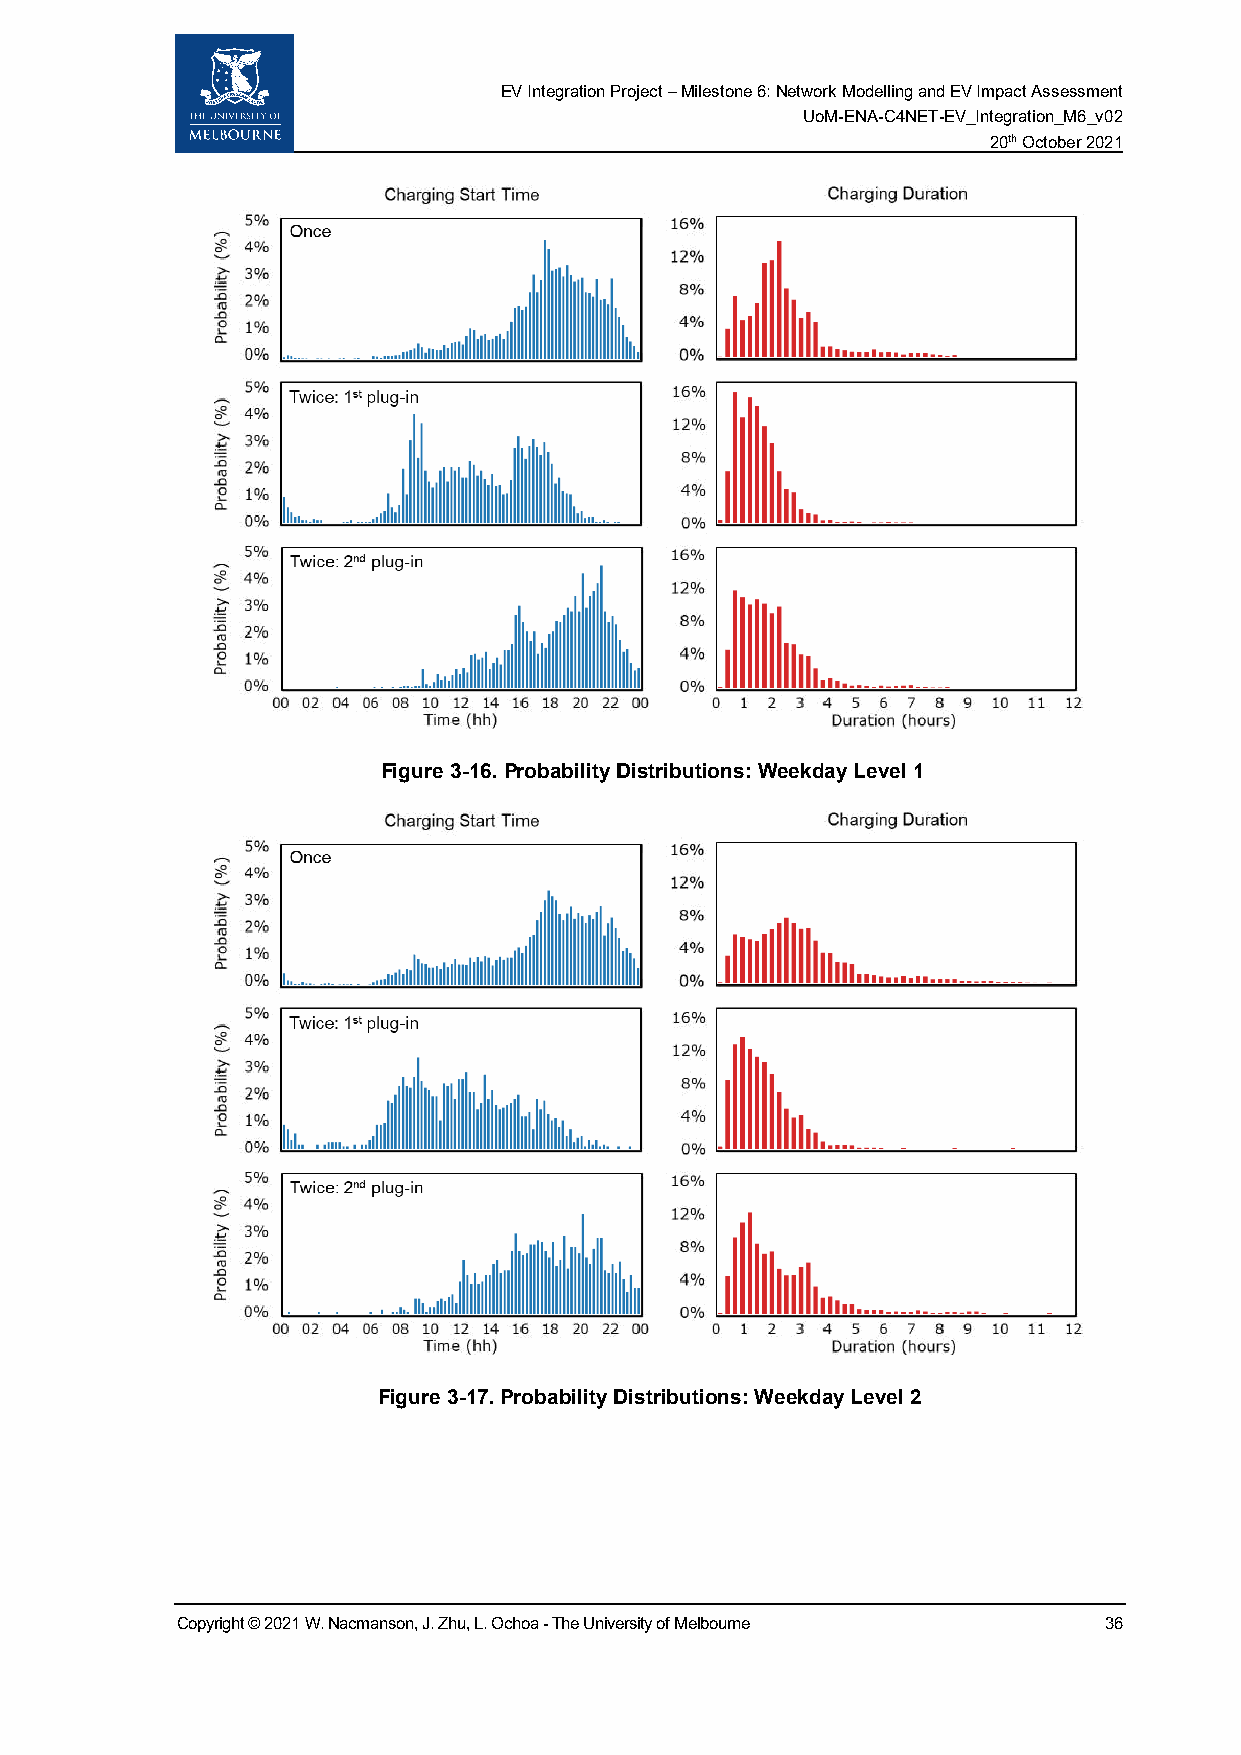
EV Integration Project – Milestone 6: Network Modelling and EV Impact Assessment
 UoM-ENA-C4NET-EV_Integration_M6_v02
 20th October 2021
 Figure 3-16. Probability Distributions: Weekday Level 1
 Figure 3-17. Probability Distributions: Weekday Level 2
 Copyright © 2021 W. Nacmanson, J. Zhu, L. Ochoa - The University of Melbourne 36